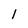
Character: 1